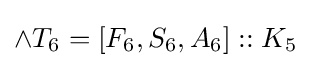
\land T_{6}=[F_{6},S_{6},A_{6}]::K_{5}